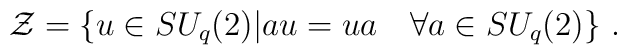
{\cal Z}=\{u\in SU_q(2)|au=ua~~~ \forall a\in SU_q(2)\}~.